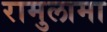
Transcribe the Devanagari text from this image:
रामुलामा